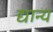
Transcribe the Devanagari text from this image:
द्यान्य